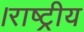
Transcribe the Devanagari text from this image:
।राष्ट्रीय